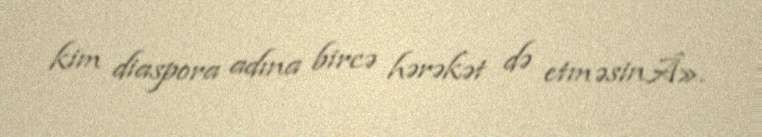
kim diaspora adına bircə hərəkət də etməsinÂ».